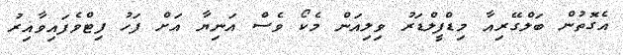
އެގޮތުން ބަލްގޭރިއާ މިޑްފީލްޑަރު ވިލިއަން މެކޯ ވެސް އަނިޔާ އަށް ފަހު ފިޓްވެފައިވާއިރު